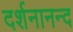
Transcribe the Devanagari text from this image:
दर्शनानन्‍द